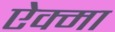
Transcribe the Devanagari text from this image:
ऐक्मा